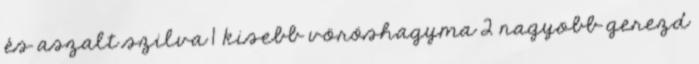
és aszalt szilva 1 kisebb vöröshagyma 2 nagyobb gerezd